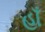
હાઁ